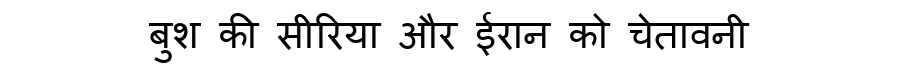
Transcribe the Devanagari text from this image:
बुश की सीरिया और ईरान को चेतावनी